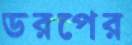
ডরপের